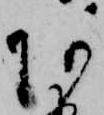
あ